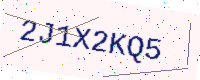
Text: 2J1X2KQ5